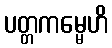
ပတ္တကမ္မေဟိ